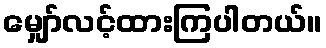
မျှော်လင့်ထားကြပါတယ်။